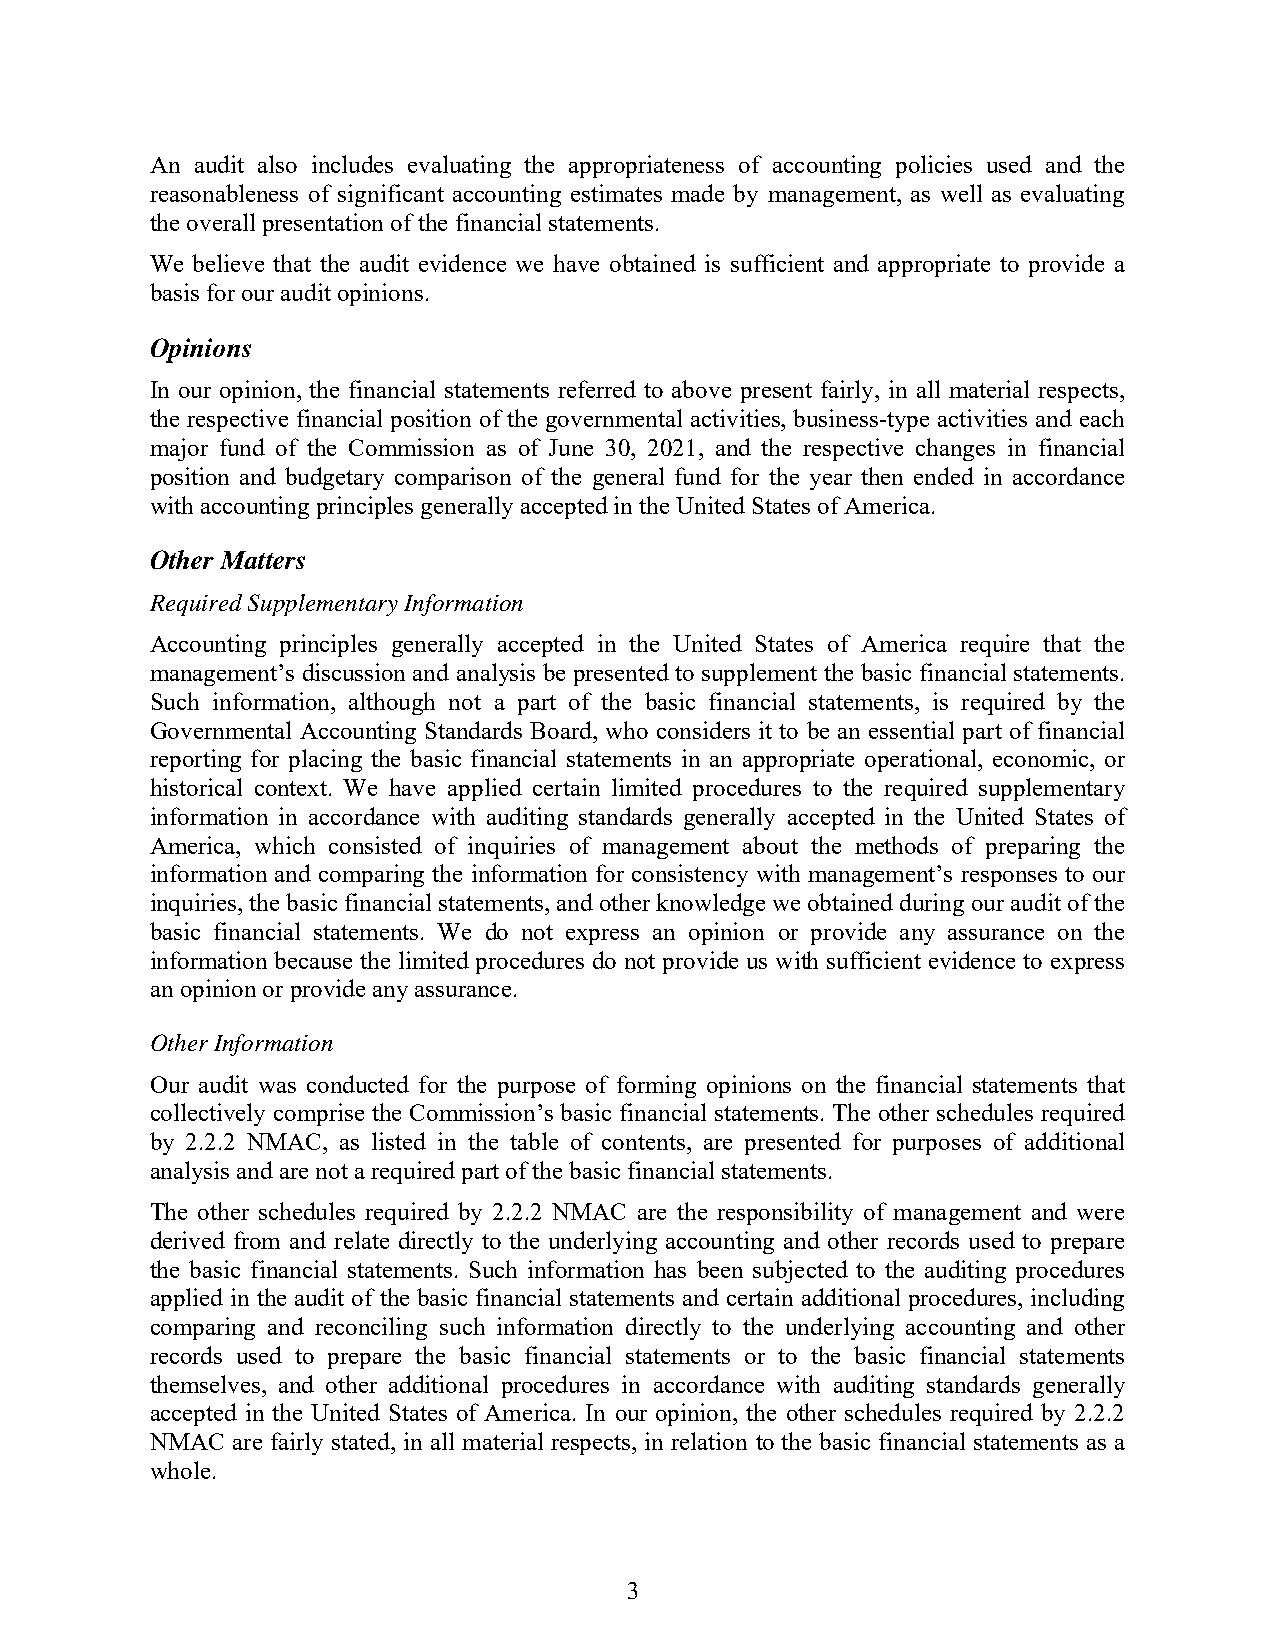
An audit also includes evaluating the appropriateness of accounting policies used and the
 reasonableness of significant accounting estimates made by management, as well as evaluating
 the overall presentation of the financial statements.
 We believe that the audit evidence we have obtained is sufficient and appropriate to provide a
 basis for our audit opinions.
 Opinions
 In our opinion, the financial statements referred to above present fairly, in all material respects,
 the respective financial position of the governmental activities, business-type activities and each
 major fund of the Commission as of June 30, 2021, and the respective changes in financial
 position and budgetary comparison of the general fund for the year then ended in accordance
 with accounting principles generally accepted in the United States of America.
 Other Matters
 Required Supplementary Information
 Accounting principles generally accepted in the United States of America require that the
 management’s discussion and analysis be presented to supplement the basic financial statements.
 Such information, although not a part of the basic financial statements, is required by the
 Governmental Accounting Standards Board, who considers it to be an essential part of financial
 reporting for placing the basic financial statements in an appropriate operational, economic, or
 historical context. We have applied certain limited procedures to the required supplementary
 information in accordance with auditing standards generally accepted in the United States of
 America, which consisted of inquiries of management about the methods of preparing the
 information and comparing the information for consistency with management’s responses to our
 inquiries, the basic financial statements, and other knowledge we obtained during our audit of the
 basic financial statements. We do not express an opinion or provide any assurance on the
 information because the limited procedures do not provide us with sufficient evidence to express
 an opinion or provide any assurance.
 Other Information
 Our audit was conducted for the purpose of forming opinions on the financial statements that
 collectively comprise the Commission’s basic financial statements. The other schedules required
 by 2.2.2 NMAC, as listed in the table of contents, are presented for purposes of additional
 analysis and are not a required part of the basic financial statements.
 The other schedules required by 2.2.2 NMAC are the responsibility of management and were
 derived from and relate directly to the underlying accounting and other records used to prepare
 the basic financial statements. Such information has been subjected to the auditing procedures
 applied in the audit of the basic financial statements and certain additional procedures, including
 comparing and reconciling such information directly to the underlying accounting and other
 records used to prepare the basic financial statements or to the basic financial statements
 themselves, and other additional procedures in accordance with auditing standards generally
 accepted in the United States of America. In our opinion, the other schedules required by 2.2.2
 NMAC are fairly stated, in all material respects, in relation to the basic financial statements as a
 whole.
 3